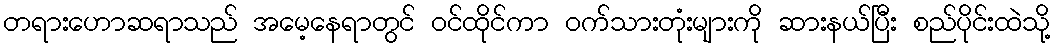
တရားဟောဆရာသည် အမေ့နေရာတွင် ဝင်ထိုင်ကာ ဝက်သားတုံးများကို ဆားနယ်ပြီး စည်ပိုင်းထဲသို့